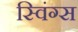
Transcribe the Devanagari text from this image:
स्विंग्स